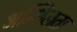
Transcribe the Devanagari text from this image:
अन्शिलता